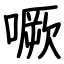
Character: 噘